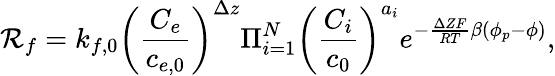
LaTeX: \mathcal{R}_{f}=k_{f,0}\left(\frac{C_{e}}{c_{e,0}}\right)^{\Delta z}\Pi_{i=1}^{N}\left(\frac{C_{i}}{c_{0}}\right)^{a_{i}}e^{-\frac{\Delta ZF}{RT}\beta(\phi_{p}-\phi)},